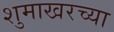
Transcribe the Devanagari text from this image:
शुमाखरच्या